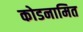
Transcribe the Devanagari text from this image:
कोडनामित